Applicability to medico-legal practice in India of the biochemical tests for the origin of blood-stains - Number 39
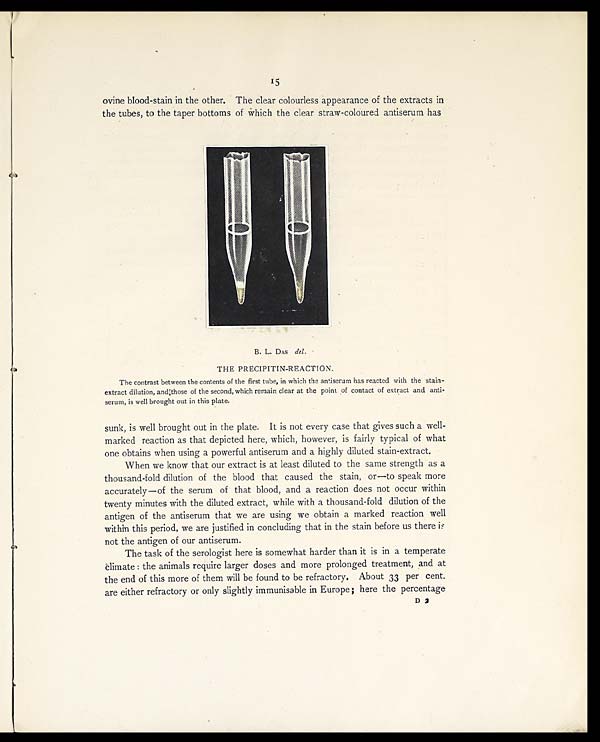
15
ovine blood-stain in the other. The clear colourless appearance of the extracts in
the tubes, to the taper bottoms of which the clear straw-coloured antiserum has
B. L. DAS del.
THE PRECIPITIN-REACTION.
The contrast between the contents of the first tube, in which the antiserum has reacted with the stain-
extract dilution, and those of the second, which remain clear at the point of contact of extract and anti-
serum, is well brought out in this plate.
sunk, is well brought out in the plate. It is not every case that gives such a well-
marked reaction as that depicted here, which, however, is fairly typical of what
one obtains when using a powerful antiserum and a highly diluted stain-extract.
When we know that our extract is at least diluted to the same strength as a
thousand-fold dilution of the blood that caused the stain, or—to speak more
accurately—of the serum of that blood, and a reaction does not occur within
twenty minutes with the diluted extract, while with a thousand-fold dilution of the
antigen of the antiserum that we are using we obtain a marked reaction well
within this period, we are justified in concluding that in the stain before us there is
not the antigen of our antiserum.
The task of the serologist here is somewhat harder than it is in a temperate
climate: the animals require larger doses and more prolonged treatment, and at
the end of this more of them will be found to be refractory. About 33 per cent.
are either refractory or only slightly immunisable in Europe; here the percentage
D 2